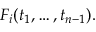
F _ { i } ( t _ { 1 } , \ldots , t _ { n - 1 } ) .